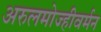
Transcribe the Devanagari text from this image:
अरुलमोज्हीवर्मन